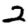
Digit: 2